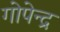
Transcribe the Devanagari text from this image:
गोपेन्द्र